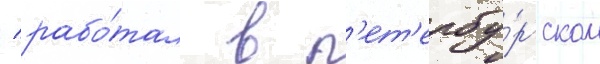
/ рабо́тал в п'ет'ербу́ргском